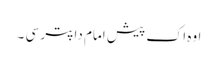
اوہ اک پیش امام دا پتر سی ۔